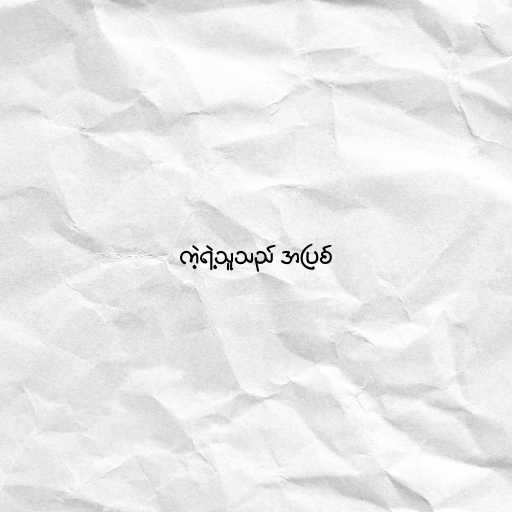
ကဲ့ရဲ့သူသည် အပြစ်